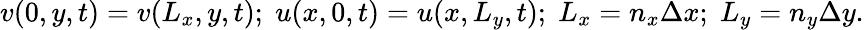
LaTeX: v(0,y,t)=v(L_{x},y,t);\; u(x,0,t)=u(x,L_{y},t);\; L_{x}=n_{x}\Delta x;\; L_{y}=n_{y}\Delta y.